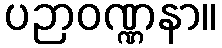
ပဉာဝဏ္ဏနာ။